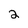
Character: 2